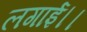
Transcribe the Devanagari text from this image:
लगाई।।